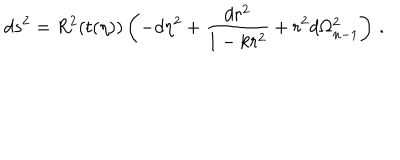
d s ^ { 2 } = R ^ { 2 } ( t ( \eta ) ) \left( - d \eta ^ { 2 } + { \frac { d r ^ { 2 } } { 1 - k r ^ { 2 } } } + r ^ { 2 } d \Omega _ { n - 1 } ^ { 2 } \right) \, .